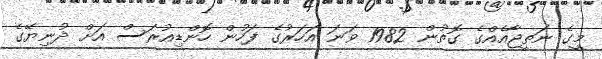
މީގެ ނަތީޖާއެއްގެ ގޮތުން 1982 ވަނަ އަހަރުގެ ފަހުން ހޮންޑިއުރަސް އަށް ދުނިޔޭގެ